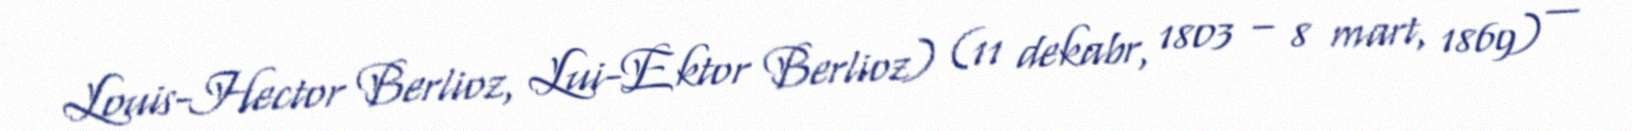
Louis-Hector Berlioz, Lui-Ektor Berlioz) (11 dekabr, 1803 – 8 mart, 1869) —